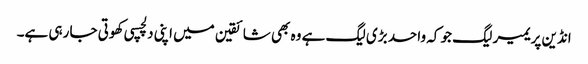
انڈین پریمیر لیگ جو کہ واحد بڑی لیگ ہے وہ بھی شائقین میں اپنی دلچسپی کھوتی جا رہی ہے۔